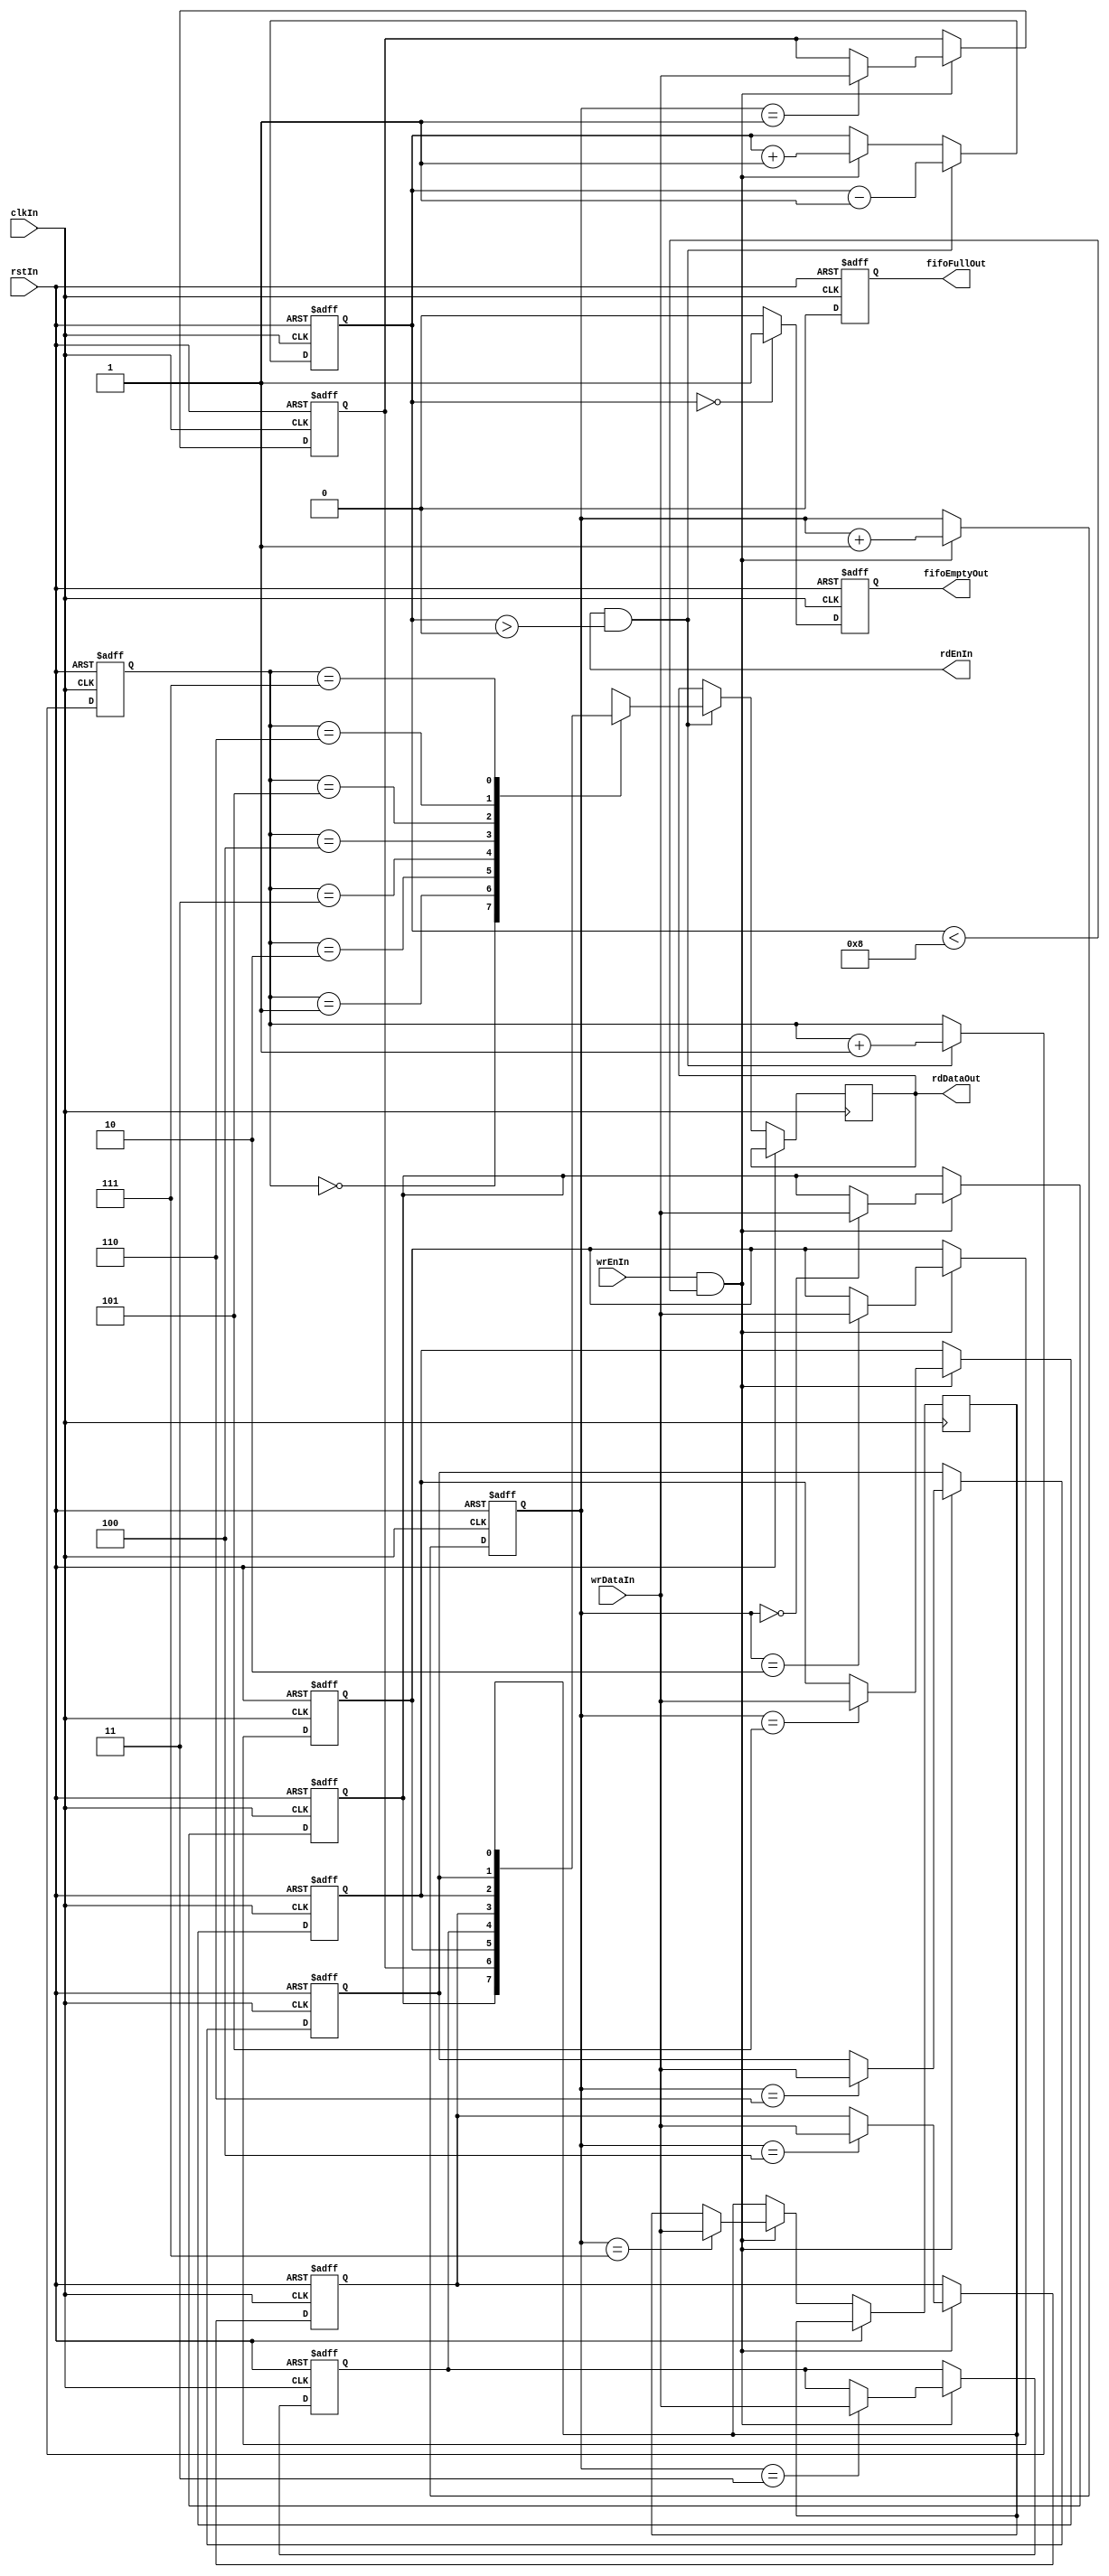
module reg_fifo #(parameter FIFO_WIDTH = 1, parameter FIFO_DEPTH = 8) (
  input clkIn,
  input rstIn,
  input [FIFO_WIDTH-1:0] wrDataIn,
  input wrEnIn,
  output reg [FIFO_WIDTH-1:0] rdDataOut,
  output rdEnIn,
  output reg fifoFullOut,
  output reg fifoEmptyOut
);

  localparam CNT_SIZE = $rtoi($floor($log10(FIFO_DEPTH-1)/$log10(2)));

  integer i;

  reg [FIFO_WIDTH-1:0] fifoR [FIFO_DEPTH-1:0];
  reg [CNT_SIZE:0] fifoCntR;
  reg [CNT_SIZE:0] wrPtrR;
  reg [CNT_SIZE:0] rdPtrR;

  always @ (posedge rstIn, posedge clkIn) begin
    if (rstIn == 1) begin
      for (i = 0; i < FIFO_DEPTH - 1; i = i + 1) begin
        fifoR[i] <= 0;
      end

      wrPtrR       <= 0;
      rdPtrR       <= 0;
      fifoCntR     <= 0;
      fifoFullOut  <= 0;
      fifoEmptyOut <= 1;
    end

    else if (clkIn == 1) begin
      fifoFullOut  <= 0;
      fifoEmptyOut <= 0;

      if (wrEnIn == 1 && fifoCntR < FIFO_DEPTH) begin
        fifoCntR      <= fifoCntR + 1;
        fifoR[wrPtrR] <= wrDataIn;

        if (wrPtrR == FIFO_DEPTH) begin
          wrPtrR <= 0;
        end

        else begin
          wrPtrR <= wrPtrR + 1;
        end
      end

      if (rdEnIn == 1 && fifoCntR > 0) begin
        fifoCntR  <= fifoCntR - 1;
        rdDataOut <= fifoR[rdPtrR];

        if (rdPtrR == FIFO_DEPTH) begin
          rdPtrR <= 0;
        end

        else begin
          rdPtrR <= rdPtrR + 1;
        end
      end

      if (fifoCntR == FIFO_DEPTH) begin
        fifoFullOut <= 1;
      end

      else if (fifoCntR == 0) begin
        fifoEmptyOut <= 1;
      end

    end
  end

endmodule